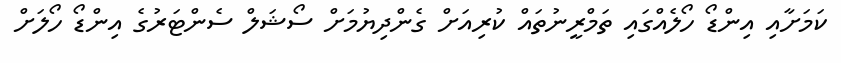
ކަމަށާއި އިންޑޯ ހޯލެއްގައި ތަމްރީނުތައް ކުރިއަށް ގެންދިޔުމަށް ސޯޝަލް ސެންޓަރުގެ އިންޑޯ ހޯލަށް